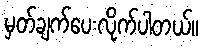
မှတ်ချက်ပေးလိုက်ပါတယ်။